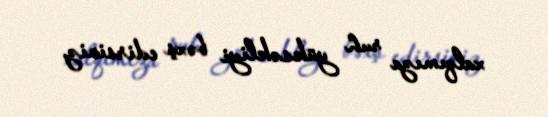
xalqımıza ruh yüksəkliyi bəxş edirsiniz.